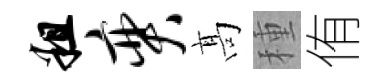
粗奕髙種侑